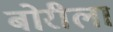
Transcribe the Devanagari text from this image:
बोरीला